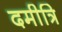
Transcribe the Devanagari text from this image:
दमीत्रि